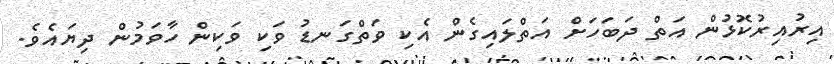
އިރުއިރުކޮޅުން އަތް ދަބަހަށް އަތްލައިގެން އެކި ވަތްގަނޑު ވަކި ވަކިން ހާވަމުން ދިޔައެވެ.